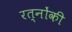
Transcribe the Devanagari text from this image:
रत्नोंकी